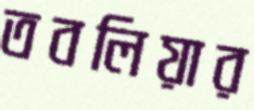
তবলিয়ার